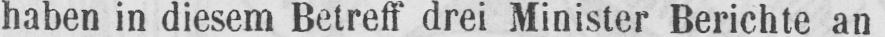
haben in diesem Betreff drei Minister Berichte an